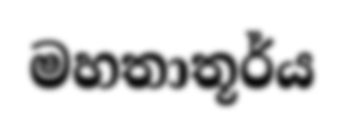
මහතාතූර්ය